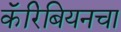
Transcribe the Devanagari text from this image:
कॅरिबियनचा